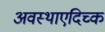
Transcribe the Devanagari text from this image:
अवस्थाएदिच्क